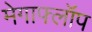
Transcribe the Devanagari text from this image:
मेगाफ्लॉप